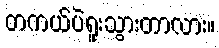
တကယ်ပဲရူးသွားတာလား။